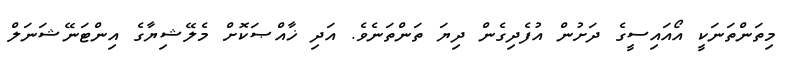
މިތަންތަނަކީ އޯއައިސީގެ ދަށުން އުފެދިގެން ދިޔަ ތަންތަނެވެ. އަދި ޚާއްޞަކޮށް މެލޭޝިޔާގެ އިންޓަނޭޝަނަލް